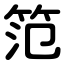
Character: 笵